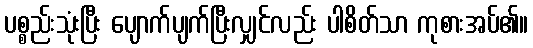
ပစ္စည်းသုံးပြီး ပျောက်ပျက်ပြီးလျှင်လည်း ပါစိတ်သာ ကုစားအပ်၏။